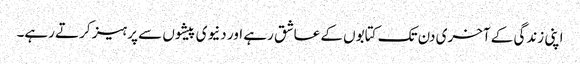
اپنی زندگی کے آخری دن تک کتابوں کے عاشق رہے اور دنیوی پیشوں سے پرہیز کرتے رہے۔